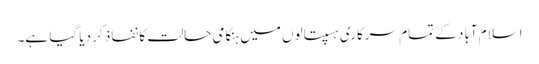
اسلام آباد کے تمام سرکاری ہسپتالوں میں ہنگامی حالت کا نفاذ کر دیا گیا ہے۔